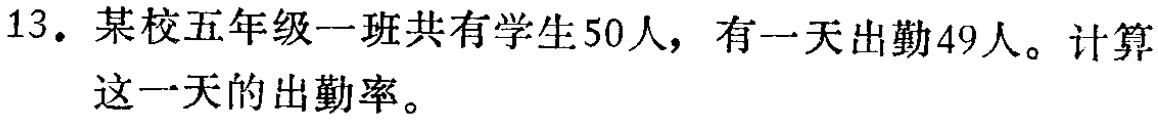
13. 某校五年级一班共有学生50人，有一天出勤49人。计算这一天的出勤率。